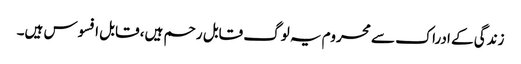
زندگی کے ادراک سے محروم یہ لوگ قابل رحم ہیں، قابل افسوس ہیں۔